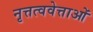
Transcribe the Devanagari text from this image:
नृत्तत्ववेत्ताओं